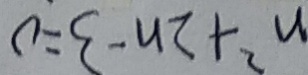
n ^ { 2 } + 2 n - 3 = 0